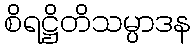
စိရဋ္ဌိတိသမ္ပာဒန